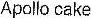
APOLLO CAKE